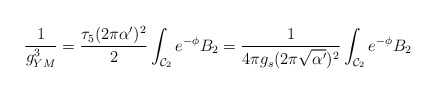
\begin{align*}\frac{1}{g_{YM}^{3}} = \frac{\tau_5 (2 \pi \alpha')^2}{2}\int_{{\cal{C}}_2} {e}^{- \phi} B_2 = \frac{1}{4 \pi g_s (2 \pi\sqrt{\alpha'})^2} \int_{{\cal{C}}_2} {e}^{- \phi} B_2\end{align*}